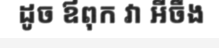
ដូច ឪពុក វា អីចឹង